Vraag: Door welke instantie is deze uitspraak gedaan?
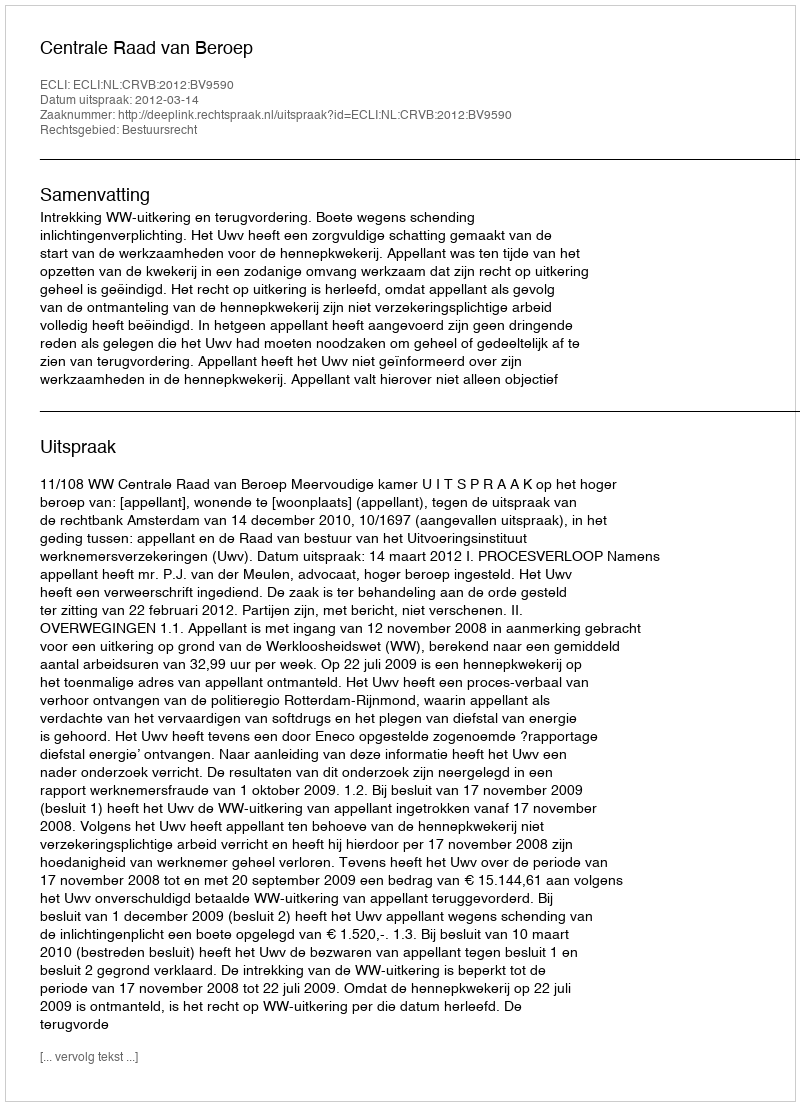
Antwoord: Centrale Raad van Beroep